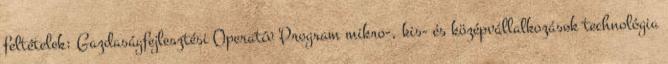
feltételek: Gazdaságfejlesztési Operatív Program mikro-, kis- és középvállalkozások technológia